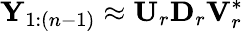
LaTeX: \mathbf{Y}_{1:(n-1)}\approx\mathbf{U}_{r}\mathbf{D}_{r}\mathbf{V}_{r}^{*}